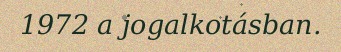
1972 a jogalkotásban.